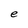
Character: e